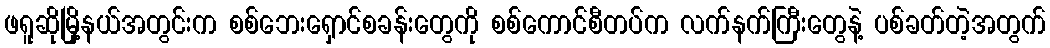
ဖရူဆိုမြို့နယ်အတွင်းက စစ်ဘေးရှောင်စခန်းတွေကို စစ်ကောင်စီတပ်က လက်နက်ကြီးတွေနဲ့ ပစ်ခတ်တဲ့အတွက်